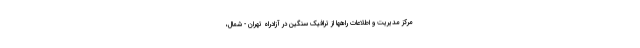
مرکز مدیریت و اطلاعات راهها از ترافیک سنگین در آزادراه تهران - شمال،